Civil Veterinary Department Bihar reports 1936-40 - 1936-1940
Year: 1936
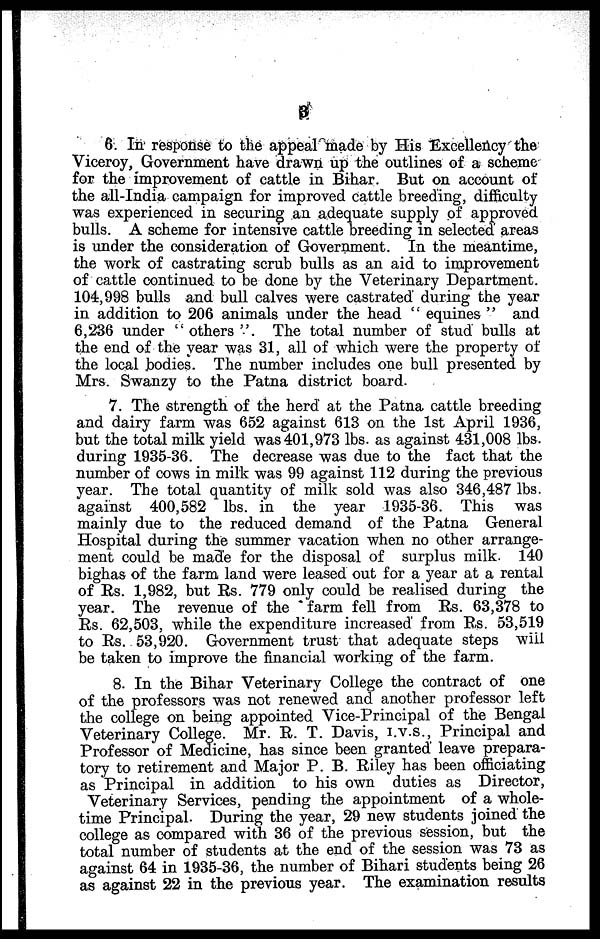
3
6. In response to the appeal made by His Excellency the
Viceroy, Government have drawn up the outlines of a scheme
for the improvement of cattle in Bihar. But on account of
the all-India campaign for improved cattle breeding, difficulty
was experienced in securing an adequate supply of approved
bulls. A scheme for intensive cattle breeding in selected areas
is under the consideration of Government. In the meantime,
the work of castrating scrub bulls as an aid to improvement
of cattle continued to be done by the Veterinary Department.
104,998 bulls and bull calves were castrated during the year
in addition to 206 animals under the head " equines " and
6,236 under "others". The total number of stud bulls at
the end of the year was 31, all of which were the property of
the local bodies. The number includes one bull presented by
Mrs. Swanzy to the Patna district board.
7. The strength of the herd at the Patna cattle breeding
and dairy farm was 652 against 613 on the 1st April 1936,
but the total milk yield was 401,973 lbs. as against 431,008 lbs.
during 1935-36. The decrease was due to the fact that the
number of cows in milk was 99 against 112 during the previous
year. The total quantity of milk sold was also 346,487 lbs.
against 400,582 lbs. in the year 1935-36. This was
mainly due to the reduced demand of the Patna General
Hospital during the summer vacation when no other arrange-
ment could be made for the disposal of surplus milk. 140
bighas of the farm land were leased out for a year at a rental
of Rs. 1,982, but Rs. 779 only could be realised during the
year. The revenue of the farm fell from Rs. 63,378 to
Rs. 62,503, while the expenditure increased from Rs. 53,519
to Rs. 53,920. Government trust that adequate steps will
be taken to improve the financial working of the farm.
8. In the Bihar Veterinary College the contract of one
of the professors was not renewed and another professor left
the college on being appointed Vice-Principal of the Bengal
Veterinary College. Mr. R. T. Davis, i.v.s., Principal and
Professor of Medicine, has since been granted leave prepara-
tory to retirement and Major P. B. Riley has been officiating
as Principal in addition to his own duties as Director,
Veterinary Services, pending the appointment of a whole-
time Principal. During the year, 29 new students joined the
college as compared with 36 of the previous session, but the
total number of students at the end of the session was 73 as
against 64 in 1935-36, the number of Bihari students being 26
as against 22 in the previous year. The examination results